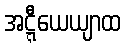
အဋ္ဋီယေယျာထ